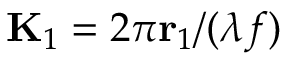
\mathbf { K } _ { 1 } = 2 \pi \mathbf { r } _ { 1 } / ( \lambda f )